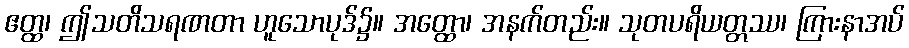
ဧတ္ထ၊ ဤသတိသရဏတာ ဟူသောပုဒ်၌။ အတ္ထော၊ အနက်တည်း။ သုတပရိယတ္တဿ၊ ကြားနာအပ်